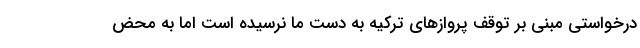
درخواستی مبنی بر توقف پروازهای ترکیه به دست ما نرسیده است اما به محض